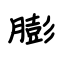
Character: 膨